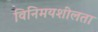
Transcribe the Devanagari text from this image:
विनिमयशीलता